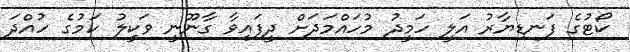
ކޯޓުގެ ފަނޑިޔާރު އަލީ ހަމީދު މުހައްމަދަށް ދީފައިވާ ގާނޫނީ ވަކީލު ކަމުގެ ހުއްދަ